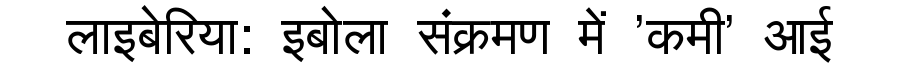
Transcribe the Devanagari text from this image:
लाइबेरिया: इबोला संक्रमण में 'कमी' आई